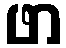
ဖာ